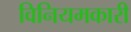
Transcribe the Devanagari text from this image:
विनियमकारी